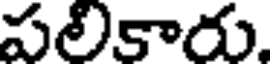
పలికారు,